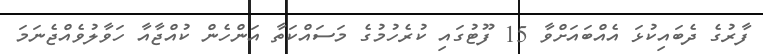
ފާރުގެ ދެބައިކުޅަ އެއްބައަށްވާ 15 ފޫޓުގައި ކުރެހުމުގެ މަސައްކަތާ އަންހެން ކުއްޖާއާ ހަވާލުވެއްޖެނަމަ